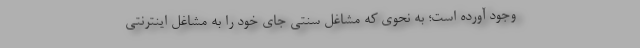
وجود آورده است؛ به نحوی که مشاغل سنتی جای خود را به مشاغل اینترنتی